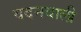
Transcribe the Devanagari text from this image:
वदनवाली